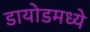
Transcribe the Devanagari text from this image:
डायोडमध्ये